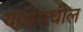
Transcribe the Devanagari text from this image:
यांचेमधील